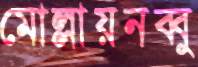
মোল্লায়নব্বু